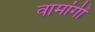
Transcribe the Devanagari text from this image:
वामांगीं